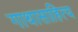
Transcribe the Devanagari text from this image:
गाथासाहित्य